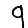
Digit: 9